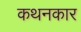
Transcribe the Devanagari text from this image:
कथनकार